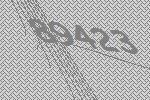
89423